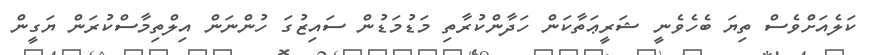
ކަލެއަށްވެސް ތިޔަ ބެހެވެނީ ޝަރީޢަތާކަން ހަދާންކުރާތި މަޑުމަޑުން ސައިޒުގަ ހުންނަން އިލްތިމާސްކުރަން ޔަގީން